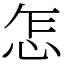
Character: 怎